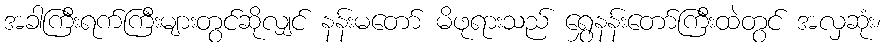
အခါကြီးရက်ကြီးများတွင်ဆိုလျှင် နန်းမတော် မိဖုရားသည် ရွှေနန်းတော်ကြီးထဲတွင် အလှဆုံး၊